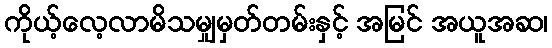
ကိုယ့်လေ့လာမိသမျှမှတ်တမ်းနှင့် အမြင် အယူအဆ၊